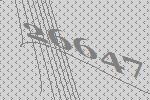
26647